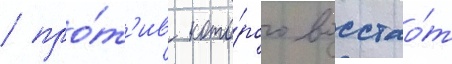
/ про́т'ив кото́рого восстао́т